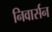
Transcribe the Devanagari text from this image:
निवार्सन